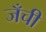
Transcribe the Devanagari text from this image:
जँची